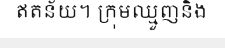
ឥតន័យ។ ក្រុមឈ្មួញនិង